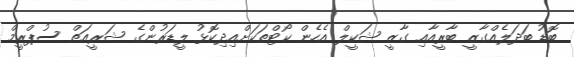
ބޮޑު ބަދަލެއްގާޒީ ބާރީއާއި ގާޒީ ޝަކީލް އެހެން ކޯޓްތަކަށްއިދިކޮޅު ލީޑަރުންގެ ޝަރީއަތް ސުޕްރީމް